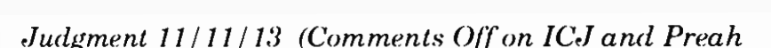
Judgment 11/11/13  (Comments Off on ICJ and Preah